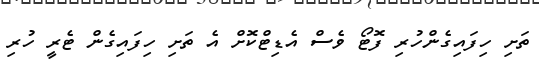
ތަށި ހިފައިގެންހުރި ފޮޓޯ ވެސް އެޑިޓްކޮށް އެ ތަށި ހިފައިގެން ޓެރީ ހުރި